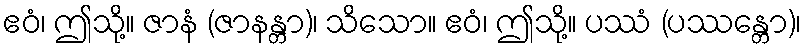
ဧဝံ၊ ဤသို့။ ဇာနံ (ဇာနန္တာ)၊ သိသော။ ဧဝံ၊ ဤသို့။ ပဿံ (ပဿန္တော)၊